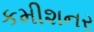
કમીશનર